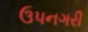
ઉપનગરી